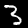
Digit: 3